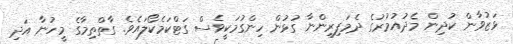
ޅަޒުވާން ކުދިން މެދުއުމުރުގެ ދެމަފިރިންނާ ގުޅުން ހިންގުމަކީވެސް ގަޓްކަމެކޯލައެވެ. ގާތްތިމާގެ މީހުނާ އަދި